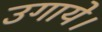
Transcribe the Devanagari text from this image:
उगाये।